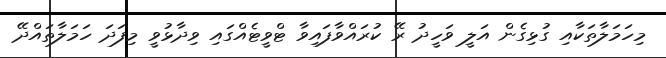
މިހަމަލާތަކާއި ގުޅިގެން އަލީ ވަހީދު ރޭ ކުރައްވާފައިވާ ޓްވީޓެއްގައި ވިދާޅުވީ މިފަދަ ހަމަލާތައްދޭ